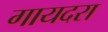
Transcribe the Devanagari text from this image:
गायदरा